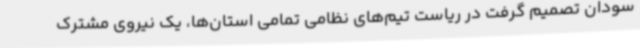
سودان تصمیم گرفت در ریاست تیم‌های نظامی تمامی استان‌ها، یک نیروی مشترک